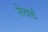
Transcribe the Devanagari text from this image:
सेवर्ड